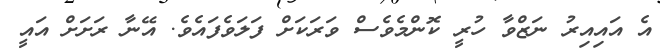
އެ އައިއިރު ނަޒްވާ ހުރީ ކޮންމެވެސް ވަރަކަށް ފަލަވެފައެވެ. އޭނާ ރަށަށް އައީ